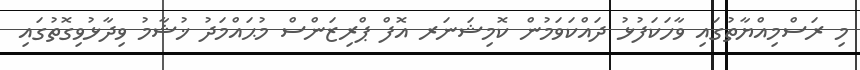
މި ރަސްމިއްޔާތުގައި ވާހަކަފުޅު ދައްކަވަމުން ކޮމިޝަނަރ އޮފް ޕްރިޒަންސް މުޙައްމަދު ޚުޝާމު ވިދާޅުވިގޮތުގައި